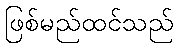
ဖြစ်မည်ထင်သည်